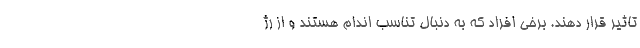
تاثیر قرار دهند. برخی افراد که به دنبال تناسب اندام هستند و از رژ